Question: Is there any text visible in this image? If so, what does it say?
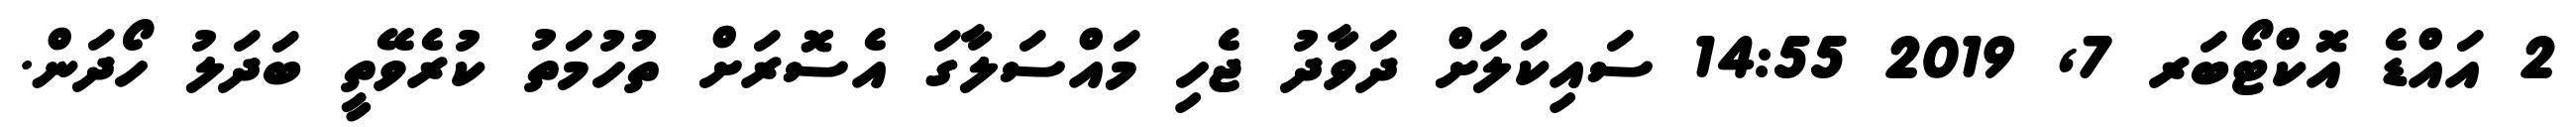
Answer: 2 އައްޑެ އޮކްޓޯބަރ 7, 2019 14:55 ސައިކަލަށް ދަވާދު ޖެހި މައްސަލާގަ އެސޮރަށް ތުހުމަތު ކުރެވޭތީ ބަދަލު ހޯދަން.